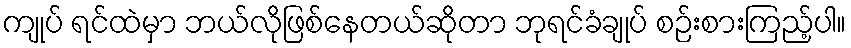
ကျုပ် ရင်ထဲမှာ ဘယ်လိုဖြစ်နေတယ်ဆိုတာ ဘုရင်ခံချုပ် စဉ်းစားကြည့်ပါ။